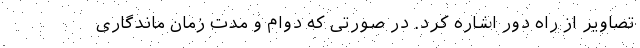
تصاویر از راه دور اشاره کرد. در صورتی که دوام و مدت زمان ماندگاری